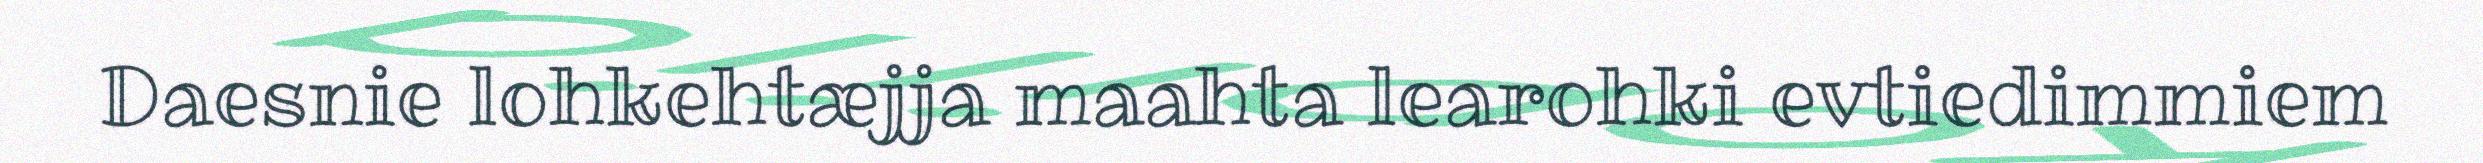
Daesnie lohkehtæjja maahta learohki evtiedimmiem